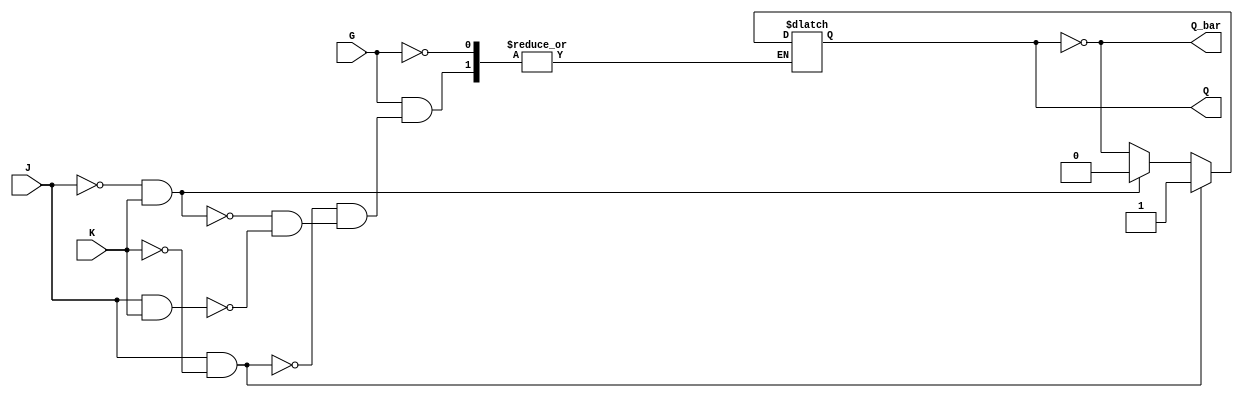
module GatedJKLatch (
    input wire J,        // Data input to set the latch
    input wire K,        // Data input to reset the latch
    input wire G,        // Enable signal
    output reg Q,        // Current output state of the latch
    output wire Q_bar    // Complementary output state
);

// Complementary output
assign Q_bar = ~Q;

// Always block to model the behavior of the gated JK latch
always @ (G, J, K) begin
    if (G) begin // When enable is high
        if (J && ~K) begin
            Q <= 1; // Set state
        end else if (~J && K) begin
            Q <= 0; // Reset state
        end else if (J && K) begin
            Q <= ~Q; // Toggle state
        end
        // If J = 0 and K = 0, Q remains unchanged
    end
    // If G is low, Q retains its previous state
end

endmodule